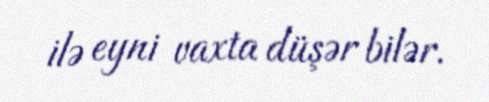
ilə eyni vaxta düşər bilər.